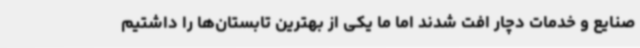
صنایع و خدمات دچار افت شدند اما ما یکی از بهترین تابستان‌ها را داشتیم